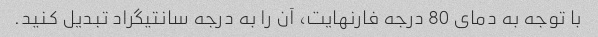
با توجه به دمای 80 درجه فارنهایت، آن را به درجه سانتیگراد تبدیل کنید.